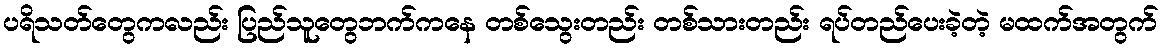
ပရိသတ်တွေကလည်း ပြည်သူတွေဘက်ကနေ တစ်သွေးတည်း တစ်သားတည်း ရပ်တည်ပေးခဲ့တဲ့ မထက်အတွက်